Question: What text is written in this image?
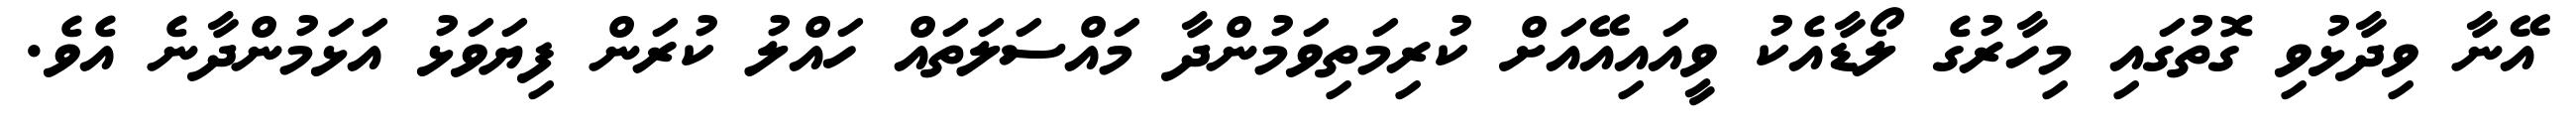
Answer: އޭނާ ވިދާޅުވި ގޮތުގައި މިހާރުގެ ލޯޑާއެކު ވީއައިއޭއަށް ކުރިމަތިވަމުންދާ މައްސަލަތައް ހައްލު ކުރަން ފިޔަވަޅު އަޅަމުންދާނެ އެވެ.